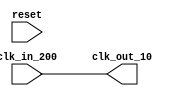
module clk_wiz_0(
	input wire clk_in_200,
	output wire clk_out_10,
	input wire reset
);

assign clk_out_10 = clk_in_200;

endmodule